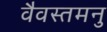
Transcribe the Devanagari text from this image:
वैवस्तमनु